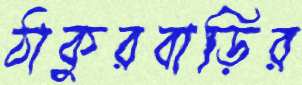
ঠাকুরবাড়ির